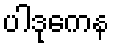
ပါဒုကေန